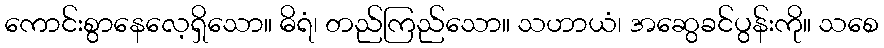
ကောင်းစွာနေလေ့ရှိသော။ ဓိရံ၊ တည်ကြည်သော။ သဟာယံ၊ အဆွေခင်ပွန်းကို။ သစေ